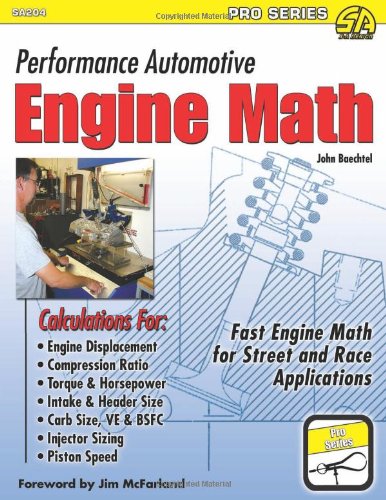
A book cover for Performance Automotive Engine Math (Sa Design-Pro); John Baechtel; Engineering & Transportation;